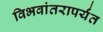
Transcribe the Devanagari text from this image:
विभवांतरापर्यंत